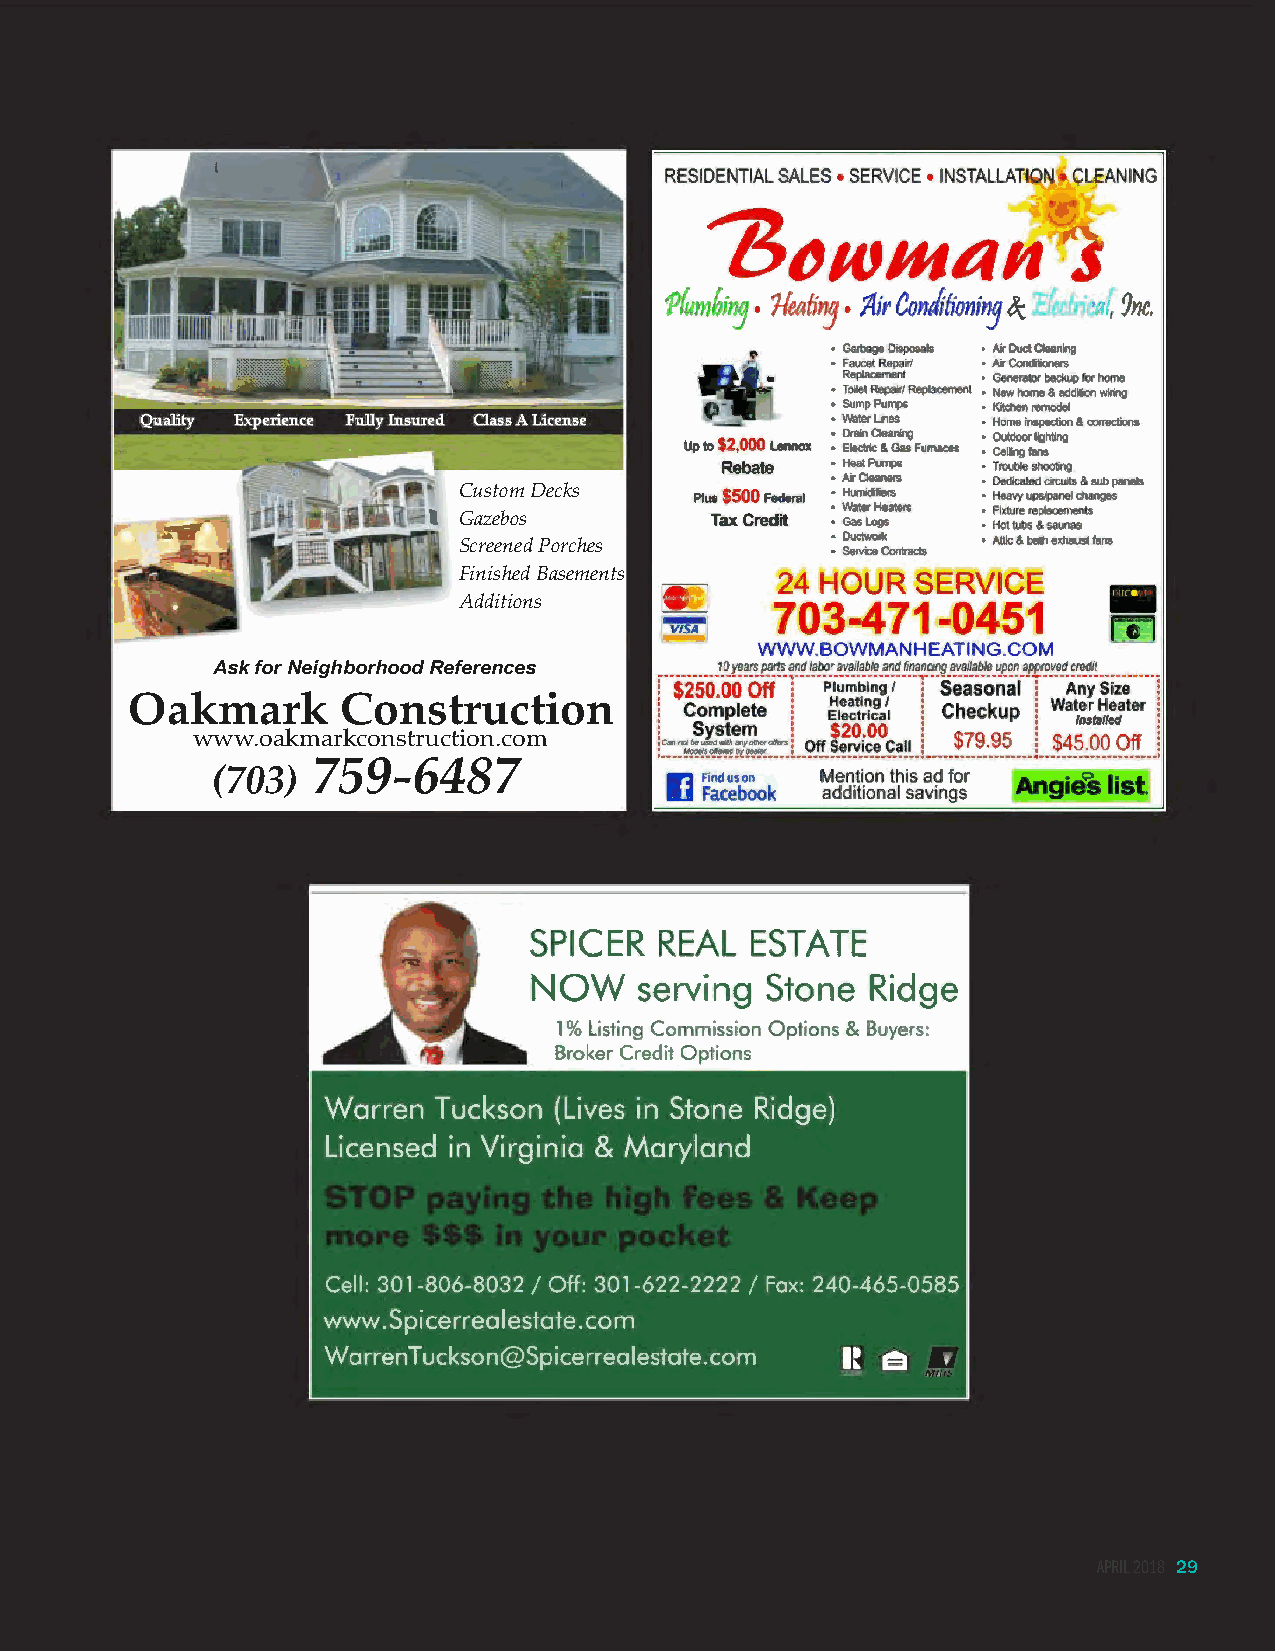
• Gamage Disposals • Air Duct Cleaning
 • Faucet Repair/ • NI Conditioners
 Replacement • Generator backup tor home
 • Toilet Repair/ Replaa,menl • New home & addi1ion wiring
 • Sump P\Jmps • Kitchen remodel
 Quality Experience Fully Insured Class A License • Wate< Lil1es • Home inspeciion & corrections
 Up to $2,000 Lennox • • D Elr ea cin ir iC c l &ea Gni an sg Furnaces •• O Ceu it ld ino go r fa l nig sh ting
 Rebate • Heat Pumps • Trouble shoolirg
 • N,;Cleaners • Dedicated cwruits & sub panels
 Custom Decks    Plus $500 Federal • Humidifi rs • He"")' ups/panel changes
 • wa~ Heaters • Flxl\Jre replacements
 Gazebos          Tax Credit • Gas Logs • Hot tubs & saunas
 • Ouclwol1< • AUlc & balh exhausl fans
 Screened Porches         • Service Contracts
 Finished Basements    24 HOURS   RV CE
 Additions
 703-471-0451
 WWW.BOWMAN HEATING.COM
 Ask for Neighborhood References   10 yeara f)Brts and tabor available and financing available upon approved crooit
 : $250.00 Off 1 Plum~lng I T Seasonal : Any Size :
 Oakmark        Construction         !'
 Complete
 !• EH le ea ct ti rn icg
 a
 /
 l
 j•
 Checkup
 !· W
 a
 t
 1~
 ~rH
 a, ,:;
 t
 e r
 l'
 : System : $20.00 .·.    :       :
 www.oakmarkconstruction.com    :"'"""'..::.,.~..,,.:;:...,•: Off Service Call : $79.95 : $45.00 Off :
 ,_- -----------o/ • ------------------------------• -------------------• --------------------_,
 (703)  759-6487                         Mention this ad for
 additional savings
 SPICER   REAL  ESTATE
 NOW    serving  Stone  Ridge
 l % Listing Commission Options & Buyers:
 Broker Credit Options
 Warren T uckson (Lives in Stone Ridge)
 Licensed in Virginia & Maryland
 Cell: 301-806-8032 / Off: 301-622-2222 / Fox: 240-465-0585
 www.Spicerrealestate.com
 Warren T uckson@Spicerrealestate.com
 APRIL 2018 29